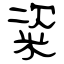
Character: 粢